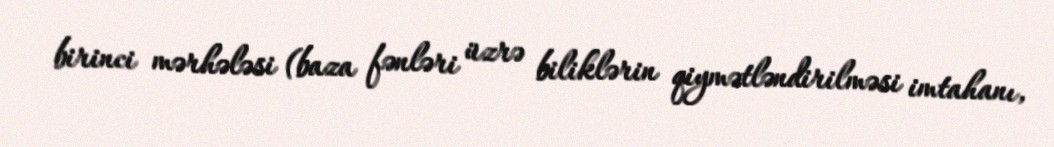
birinci mərhələsi (baza fənləri üzrə biliklərin qiymətləndirilməsi imtahanı,